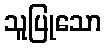
သူပြုသော